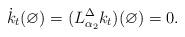
LaTeX: \begin{align*}\dot{k}_t (\varnothing) = (L^\Delta_{\alpha_2} k_t)(\varnothing)=0.\end{align*}